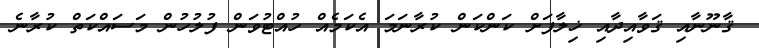
ޤާނޫނާއި ޤަވާއިދާއި ޚިލާފަށް ކަންކަން ކުރާނަމަ އެކަމެއް ހުއްޓުވަން ފުލުހުން މަސައްކަތް ކުރާނެ